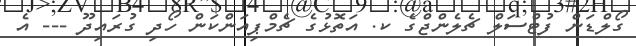
ގޯލްޑަން ފުޓްސަލް ޗެލެންޖްގެ ކ. އަތޮޅުގެ ޗެމްޕިއަންކަން ހޯދި ގުރައިދޫ --- އެ